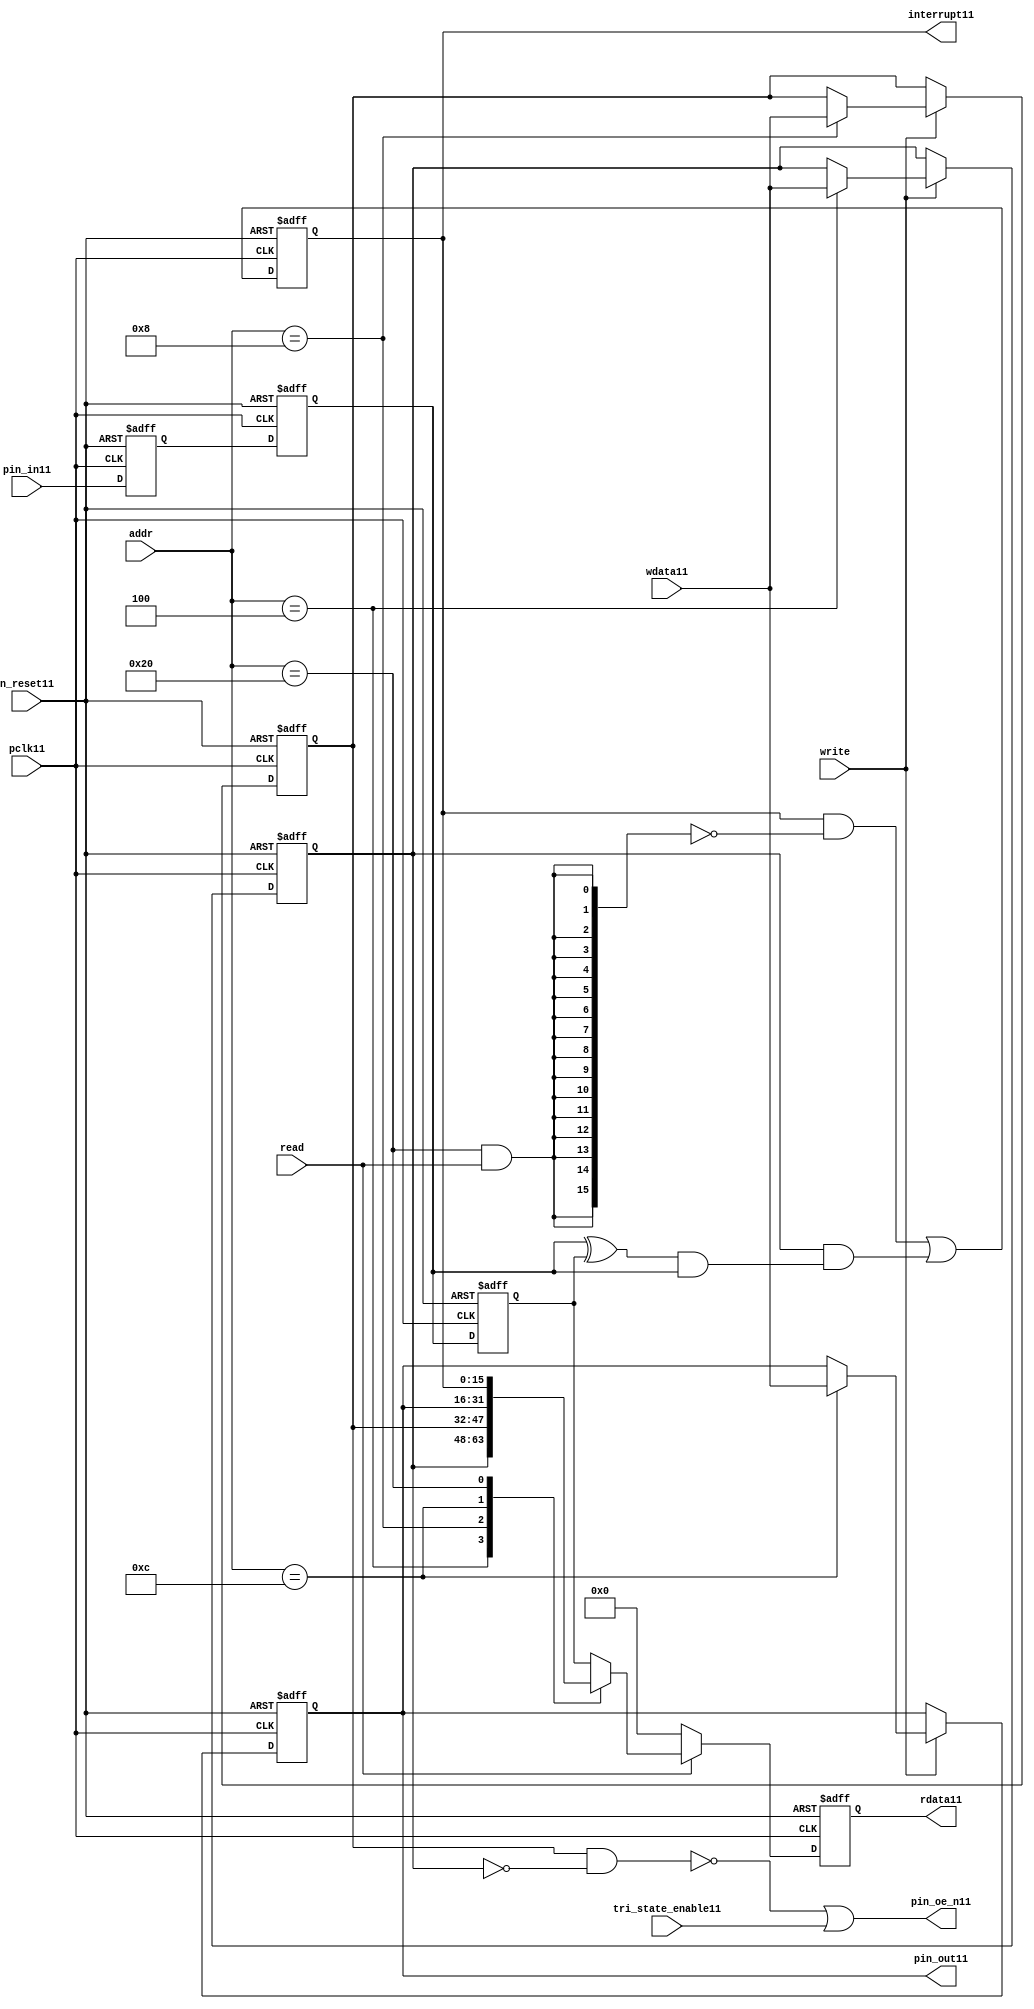
//File11 name   : gpio_lite_subunit11.v
//Title11       : 
//Created11     : 1999
//Description11 : Parametrised11 GPIO11 pin11 circuits11
//Notes11       : 
//----------------------------------------------------------------------
//   Copyright11 1999-2010 Cadence11 Design11 Systems11, Inc11.
//   All Rights11 Reserved11 Worldwide11
//
//   Licensed11 under the Apache11 License11, Version11 2.0 (the
//   "License11"); you may not use this file except11 in
//   compliance11 with the License11.  You may obtain11 a copy of
//   the License11 at
//
//       http11://www11.apache11.org11/licenses11/LICENSE11-2.0
//
//   Unless11 required11 by applicable11 law11 or agreed11 to in
//   writing, software11 distributed11 under the License11 is
//   distributed11 on an "AS11 IS11" BASIS11, WITHOUT11 WARRANTIES11 OR11
//   CONDITIONS11 OF11 ANY11 KIND11, either11 express11 or implied11.  See
//   the License11 for the specific11 language11 governing11
//   permissions11 and limitations11 under the License11.
//----------------------------------------------------------------------


module gpio_lite_subunit11(
  //Inputs11

  n_reset11,
  pclk11,

  read,
  write,
  addr,

  wdata11,
  pin_in11,

  tri_state_enable11,

  //Outputs11
 
  interrupt11,

  rdata11,
  pin_oe_n11,
  pin_out11

);
 
   // Inputs11
   
   // Clocks11   
   input n_reset11;            // asynch11 reset, active low11
   input pclk11;               // Ppclk11

   // Controls11
   input read;               // select11 GPIO11 read
   input write;              // select11 GPIO11 write
   input [5:0] 
         addr;               // address bus of selected master11

   // Dataflow11
   input [15:0]
         wdata11;              // GPIO11 Input11
   input [15:0]
         pin_in11;             // input data from pin11

   //Design11 for Test11 Inputs11
   input [15:0]
         tri_state_enable11;   // disables11 op enable -> Z11




   
   // Outputs11
   
   // Controls11
   output [15:0]
          interrupt11;         // interupt11 for input pin11 change

   // Dataflow11
   output [15:0]
          rdata11;             // GPIO11 Output11
   output [15:0]
          pin_oe_n11;          // output enable signal11 to pin11
   output [15:0]
          pin_out11;           // output signal11 to pin11
   



   
   // Registers11 in module

   //Define11 Physical11 registers in amba_unit11
   reg    [15:0]
          direction_mode11;     // 1=Input11 0=Output11              RW
   reg    [15:0]
          output_enable11;      // Output11 active                 RW
   reg    [15:0]
          output_value11;       // Value outputed11 from reg       RW
   reg    [15:0]
          input_value11;        // Value input from bus          R
   reg    [15:0]
          int_status11;         // Interrupt11 status              R

   // registers to remove metastability11
   reg    [15:0]
          s_synch11;            //stage_two11
   reg    [15:0]
          s_synch_two11;        //stage_one11 - to ext pin11
   
   
    
          
   // Registers11 for outputs11
   reg    [15:0]
          rdata11;              // prdata11 reg
   wire   [15:0]
          pin_oe_n11;           // gpio11 output enable
   wire   [15:0]
          pin_out11;            // gpio11 output value
   wire   [15:0]
          interrupt11;          // gpio11 interrupt11
   wire   [15:0]
          interrupt_trigger11;  // 1 sets11 interrupt11 status
   reg    [15:0]
          status_clear11;       // 1 clears11 interrupt11 status
   wire   [15:0]
          int_event11;          // 1 detects11 an interrupt11 event

   integer ia11;                // loop variable
   


   // address decodes11
   wire   ad_direction_mode11;  // 1=Input11 0=Output11              RW
   wire   ad_output_enable11;   // Output11 active                 RW
   wire   ad_output_value11;    // Value outputed11 from reg       RW
   wire   ad_int_status11;      // Interrupt11 status              R
   
//Register addresses11
//If11 modifying11 the APB11 address (PADDR11) width change the following11 bit widths11
parameter GPR_DIRECTION_MODE11   = 6'h04;       // set pin11 to either11 I11 or O11
parameter GPR_OUTPUT_ENABLE11    = 6'h08;       // contains11 oe11 control11 value
parameter GPR_OUTPUT_VALUE11     = 6'h0C;       // output value to be driven11
parameter GPR_INPUT_VALUE11      = 6'h10;       // gpio11 input value reg
parameter GPR_INT_STATUS11       = 6'h20;       // Interrupt11 status register

//Reset11 Values11
//If11 modifying11 the GPIO11 width change the following11 bit widths11
//parameter GPRV_RSRVD11            = 32'h0000_0000; // Reserved11
parameter GPRV_DIRECTION_MODE11  = 32'h00000000; // Default to output mode
parameter GPRV_OUTPUT_ENABLE11   = 32'h00000000; // Default 3 stated11 outs11
parameter GPRV_OUTPUT_VALUE11    = 32'h00000000; // Default to be driven11
parameter GPRV_INPUT_VALUE11     = 32'h00000000; // Read defaults11 to zero
parameter GPRV_INT_STATUS11      = 32'h00000000; // Int11 status cleared11



   //assign ad_bypass_mode11    = ( addr == GPR_BYPASS_MODE11 );   
   assign ad_direction_mode11 = ( addr == GPR_DIRECTION_MODE11 );   
   assign ad_output_enable11  = ( addr == GPR_OUTPUT_ENABLE11 );   
   assign ad_output_value11   = ( addr == GPR_OUTPUT_VALUE11 );   
   assign ad_int_status11     = ( addr == GPR_INT_STATUS11 );   

   // assignments11
   
   assign interrupt11         = ( int_status11);

   assign interrupt_trigger11 = ( direction_mode11 & int_event11 ); 

   assign int_event11 = ((s_synch11 ^ input_value11) & ((s_synch11)));

   always @( ad_int_status11 or read )
   begin : p_status_clear11

     for ( ia11 = 0; ia11 < 16; ia11 = ia11 + 1 )
     begin

       status_clear11[ia11] = ( ad_int_status11 & read );

     end // for ia11

   end // p_status_clear11

   // p_write_register11 : clocked11 / asynchronous11
   //
   // this section11 contains11 all the code11 to write registers

   always @(posedge pclk11 or negedge n_reset11)
   begin : p_write_register11

      if (~n_reset11)
      
       begin
         direction_mode11  <= GPRV_DIRECTION_MODE11;
         output_enable11   <= GPRV_OUTPUT_ENABLE11;
         output_value11    <= GPRV_OUTPUT_VALUE11;
       end
      
      else 
      
       begin
      
         if (write == 1'b1) // Write value to registers
      
          begin
              
            // Write Mode11
         
            if ( ad_direction_mode11 ) 
               direction_mode11 <= wdata11;
 
            if ( ad_output_enable11 ) 
               output_enable11  <= wdata11;
     
            if ( ad_output_value11 )
               output_value11   <= wdata11;

              

           end // if write
         
       end // else: ~if(~n_reset11)
      
   end // block: p_write_register11



   // p_metastable11 : clocked11 / asynchronous11 
   //
   // This11 process  acts11 to remove  metastability11 propagation
   // Only11 for input to GPIO11
   // In Bypass11 mode pin_in11 passes11 straight11 through

   always @(posedge pclk11 or negedge n_reset11)
      
   begin : p_metastable11
      
      if (~n_reset11)
        begin
         
         s_synch11       <= {16 {1'b0}};
         s_synch_two11   <= {16 {1'b0}};
         input_value11   <= GPRV_INPUT_VALUE11;
         
        end // if (~n_reset11)
      
      else         
        begin
         
         input_value11   <= s_synch11;
         s_synch11       <= s_synch_two11;
         s_synch_two11   <= pin_in11;

        end // else: ~if(~n_reset11)
      
   end // block: p_metastable11


   // p_interrupt11 : clocked11 / asynchronous11 
   //
   // These11 lines11 set and clear the interrupt11 status

   always @(posedge pclk11 or negedge n_reset11)
   begin : p_interrupt11
      
      if (~n_reset11)
         int_status11      <= GPRV_INT_STATUS11;
      
      else 
         int_status11      <= ( int_status11 & ~(status_clear11) // read & clear
                            ) |
                            interrupt_trigger11;             // new interrupt11
        
   end // block: p_interrupt11
   
   
   // p_read_register11  : clocked11 / asynchronous11 
   //
   // this process registers the output values

   always @(posedge pclk11 or negedge n_reset11)

      begin : p_read_register11
         
         if (~n_reset11)
         
           begin

            rdata11 <= {16 {1'b0}};

           end
           
         else //if not reset
         
           begin
         
            if (read == 1'b1)
            
              begin
            
               case (addr)
            
                  
                  GPR_DIRECTION_MODE11:
                     rdata11 <= direction_mode11;
                  
                  GPR_OUTPUT_ENABLE11:
                     rdata11 <= output_enable11;
                  
                  GPR_OUTPUT_VALUE11:
                     rdata11 <= output_value11;
                  
                  GPR_INT_STATUS11:
                     rdata11 <= int_status11;
                  
                  default: // if GPR_INPUT_VALUE11 or unmapped reg addr
                     rdata11 <= input_value11;
            
               endcase
            
              end //end if read
            
            else //in not read
            
              begin // if not a valid read access, keep11 '0'-s 
              
               rdata11 <= {16 {1'b0}};
              
              end //end if not read
              
           end //end else if not reset

      end // p_read_register11


   assign pin_out11 = 
        ( output_value11 ) ;
     
   assign pin_oe_n11 = 
      ( ( ~(output_enable11 & ~(direction_mode11)) ) |
        tri_state_enable11 ) ;

                
  
endmodule // gpio_subunit11